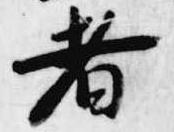
者